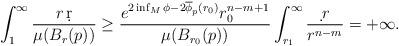
LaTeX: \begin{align*}\int_1^{\infty}\frac{r\,\d r}{\mu(B_r(p))}\geq \frac{e^{2\inf_M\phi-2\overline{\phi}_p(r_0)}r_0^{n-m+1}}{\mu(B_{r_0}(p))}\int_{r_1}^{\infty}\frac{\d \,r}{r^{n-m}}=+\infty.\end{align*}